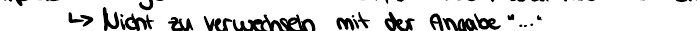
-> Nicht zu verwechseln mit der Angabe "..."